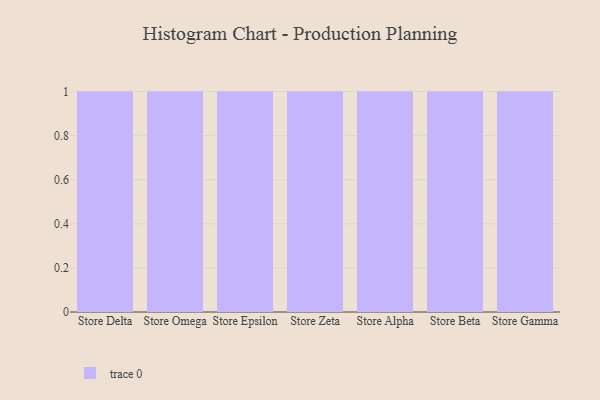
{"axis": {"x": "Store", "y": "LTV (USD)"}, "legend": [""], "data": [{"x": "Store Delta", "y": 75, "type": ""}, {"x": "Store Omega", "y": 40, "type": ""}, {"x": "Store Epsilon", "y": 84, "type": ""}, {"x": "Store Zeta", "y": 96, "type": ""}, {"x": "Store Alpha", "y": 40, "type": ""}, {"x": "Store Beta", "y": 24, "type": ""}, {"x": "Store Gamma", "y": 93, "type": ""}]}